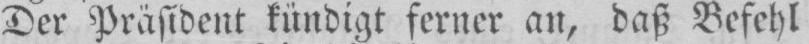
Der Präsident kündigt ferner an, daß Befehl